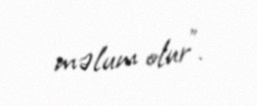
məlum olur".